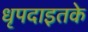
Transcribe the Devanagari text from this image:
धृपदाइतके